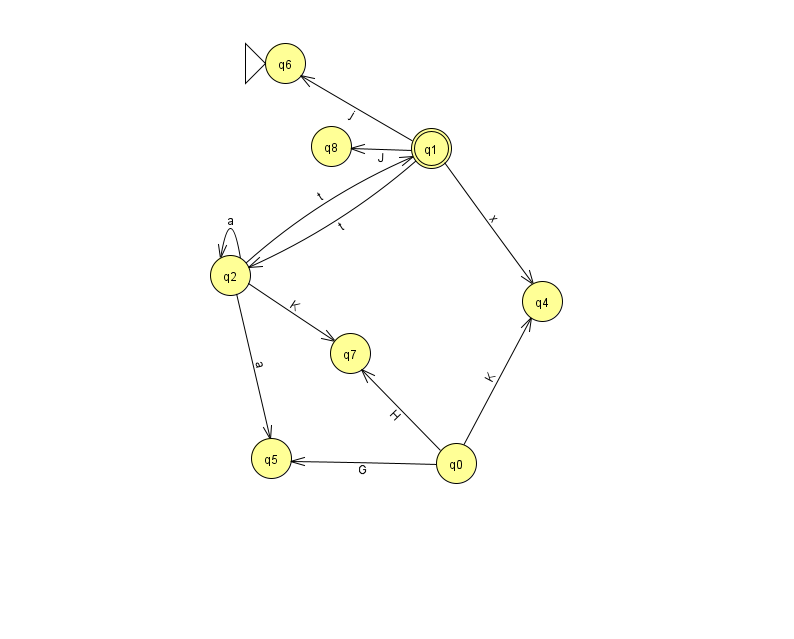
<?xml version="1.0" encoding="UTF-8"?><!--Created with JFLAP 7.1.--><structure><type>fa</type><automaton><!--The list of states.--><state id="0" name="q0"><x>456.0</x><y>450.0</y></state><state id="1" name="q1"><x>431.0</x><y>135.0</y><final/></state><state id="2" name="q2"><x>230.0</x><y>262.0</y></state><state id="4" name="q4"><x>542.0</x><y>288.0</y></state><state id="5" name="q5"><x>271.0</x><y>445.0</y></state><state id="6" name="q6"><x>285.0</x><y>50.0</y><initial/></state><state id="7" name="q7"><x>350.0</x><y>340.0</y></state><state id="8" name="q8"><x>331.0</x><y>133.0</y></state><!--The list of transitions.--><transition><from>1</from><to>2</to><read>t</read></transition><transition><from>2</from><to>1</to><read>t</read></transition><transition><from>0</from><to>4</to><read>K</read></transition><transition><from>2</from><to>2</to><read>a</read></transition><transition><from>0</from><to>7</to><read>H</read></transition><transition><from>0</from><to>5</to><read>G</read></transition><transition><from>1</from><to>8</to><read>J</read></transition><transition><from>1</from><to>4</to><read>x</read></transition><transition><from>1</from><to>6</to><read>j</read></transition><transition><from>2</from><to>7</to><read>K</read></transition><transition><from>2</from><to>5</to><read>a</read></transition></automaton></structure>